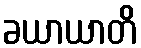
ခယာယာတိ